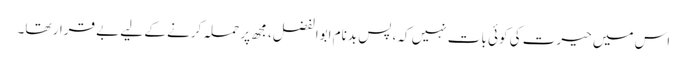
اس میں حیرت کی کوئی بات نہیں کہ، پس بدنام ابوالفضل، مجھ پر حملہ کرنے کے لیے بے قرار تھا۔